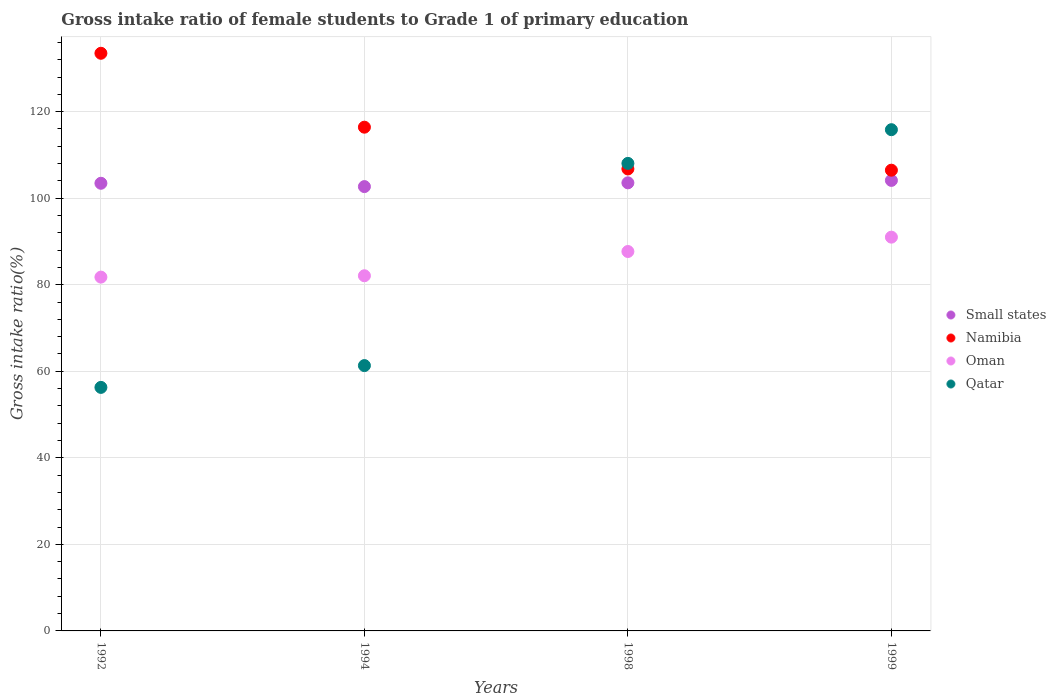
| Years | Small states | Namibia | Oman | Qatar |
 | --- | --- | --- | --- | --- |
 | 1992 | 103 | 133 | 81.8 | 56.3 |
 | 1994 | 103 | 116 | 82.1 | 61.3 |
 | 1998 | 104 | 107 | 87.7 | 108 |
 | 1999 | 104 | 106 | 91 | 116 |